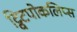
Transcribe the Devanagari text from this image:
ट्विटपोकलिप्स